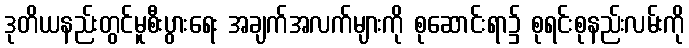
ဒုတိယနည်းတွင်မူစီးပွားရေး အချက်အလက်များကို စုဆောင်းရာ၌ စုရင်းစုနည်းလမ်းကို